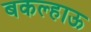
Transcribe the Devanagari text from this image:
बकल्हाऊ